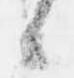
候